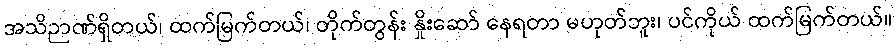
အသိဉာဏ်ရှိတယ်၊ ထက်မြက်တယ်၊ တိုက်တွန်း နှိုးဆော် နေရတာ မဟုတ်ဘူး၊ ပင်ကိုယ် ထက်မြက်တယ်။